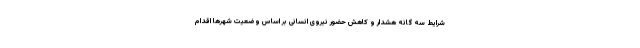
شرایط سه گانه هشدار و کاهش حضور نیروی انسانی بر اساس وضعیت شهرها اقدام